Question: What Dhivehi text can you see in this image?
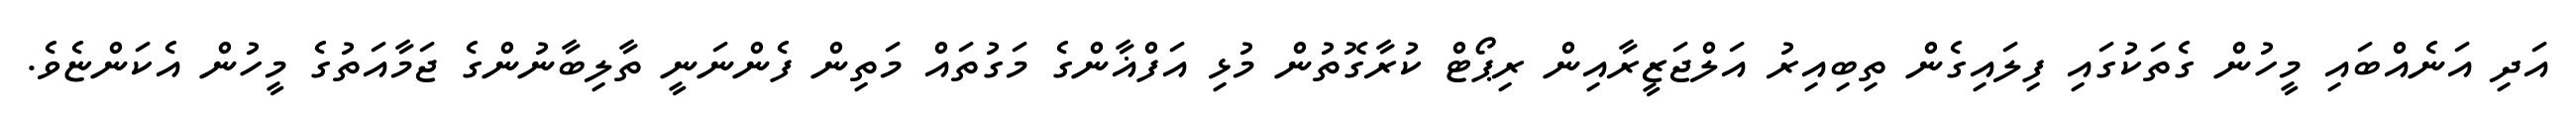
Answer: އަދި އަނެއްބައި މީހުން ގެތަކުގައި ފިލައިގެން ތިބިއިރު އަލްޖަޒީރާއިން ރިޕޯޓް ކުރާގޮތުން މުޅި އަފްޣާންގެ މަގުތައް މަތިން ފެންނަނީ ތާލިބާނުންގެ ޖަމާއަތުގެ މީހުން އެކަންޏެވެ.